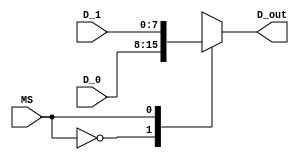
`timescale 1ns / 1ps
//////////////////////////////////////////////////////////////////////////////////
// Company: 
// Engineer: 
// 
// Design Name: 
// Module Name: Mux_2x1_8Bits
// Project Name: 
// Target Devices: 
// Tool Versions: 
// Description: 
// 
// Dependencies: 
// 
// Revision:
// Revision 0.01 - File Created
// Additional Comments:
// 
//////////////////////////////////////////////////////////////////////////////////


module Mux_2x1_8Bits_L(
//Input Signals
input wire MS, // SELECTOR
input wire [7:0] D_0, //DATO DE EN LA ENTRADA 0
input wire [7:0] D_1, //DATO DE EN LA ENTRADA 1

//Output Signals
output reg [7:0] D_out //SALIDA 
);

    always @*
        begin
            case(MS)
                1'b0: D_out = D_0;
                1'b1: D_out = D_1;
                default : D_out = D_0;
            endcase
        end

endmodule